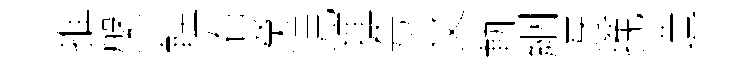
推槃䡖右癸児埋夸文軌絪迓挽造